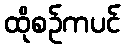
ထိုစဉ်ကပင်